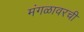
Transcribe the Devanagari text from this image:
मंगळावरची